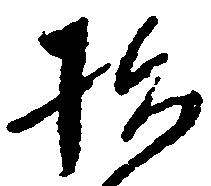
指